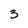
Character: 3